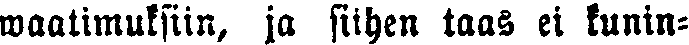
waatimuksiin, ja siihen taas ei kunin-